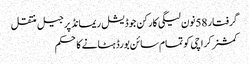
گرفتار 58نون لیگی کارکن جوڈیشل ریمانڈ پر جیل منتقل
کمشنر کراچی کو تمام سائن بورڈ ہٹانے کا حکم